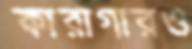
কারাগারও